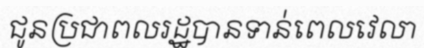
ជូនប្រជាពលរដ្ឋបានទាន់ពេលវេលា